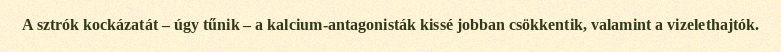
A sztrók kockázatát ‒ úgy tűnik ‒ a kalcium-antagonisták kissé jobban csökkentik, valamint a vizelethajtók.